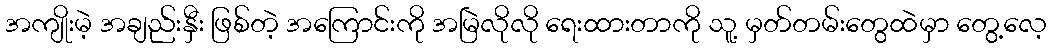
အကျိုးမဲ့ အချည်းနှီး ဖြစ်တဲ့ အကြောင်းကို အမြဲလိုလို ရေးထားတာကို သူ့ မှတ်တမ်းတွေထဲမှာ တွေ့လေ့